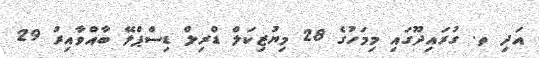
އަދި ތ. ގުރައިދޫގައި މިމަހުގެ 28 މިޔުޒިކަލް ޑްރިލް ޑިސްޕްލޭ ބާއްވާއިރު 29